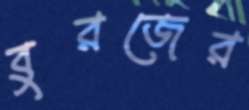
বুরজের